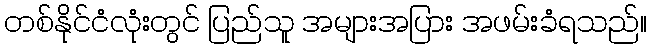
တစ်နိုင်ငံလုံးတွင် ပြည်သူ အများအပြား အဖမ်းခံရသည်။